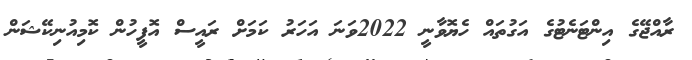
ރާއްޖޭގެ އިންޓަނެޓުގެ އަގުތައް ހެޔޮވާނީ 2022ވަނަ އަހަރު ކަމަށް ރައީސް އޮފީހުން ކޮމިއުނިކޭޝަން